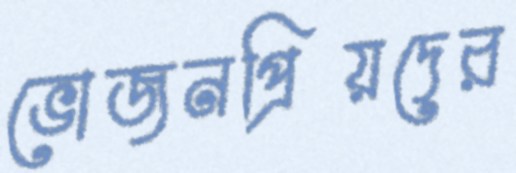
ভোজনপ্রিয়দের